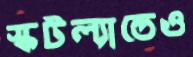
স্কটল্যান্ডেও